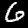
Digit: 6